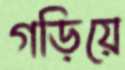
গড়িয়ে